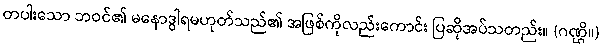
တပါးသော ဘဝင်၏ မနောဒွါရမဟုတ်သည်၏ အဖြစ်ကိုလည်းကောင်း ပြဆိုအပ်သတည်း။ (ဂဏ္ဌိ။)